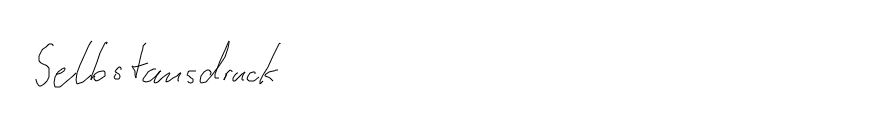
Selbstausdruck